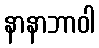
နာနာဘာဝါ